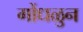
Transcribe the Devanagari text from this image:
गोंधळुन